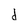
Character: d